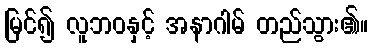
မြင်၍ လူဘဝနှင့် အနာဂါမ် တည်သွား၏။